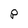
Character: P